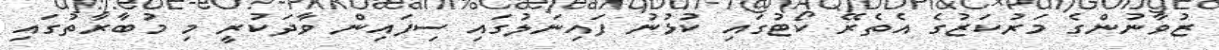
ޒުވާނުންގެ މަރުކަޒުގެ އެތެރޭ ކޯޓުގައި ކުޅުނު ފައިނަލުގައި ސިފައިން ވާދަކުރީ މި މުބާރާތުގައި